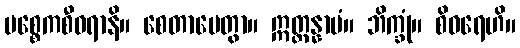
ပစ္စေကစီဝရာနိ။ စေတာပေတွာ။ ဣတ္ထန္နာမံ။ ဘိက္ခုံ။ စိဝရေဟိ။